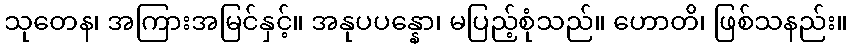
သုတေန၊ အကြားအမြင်နှင့်။ အနုပပန္နော၊ မပြည့်စုံသည်။ ဟောတိ၊ ဖြစ်သနည်း။